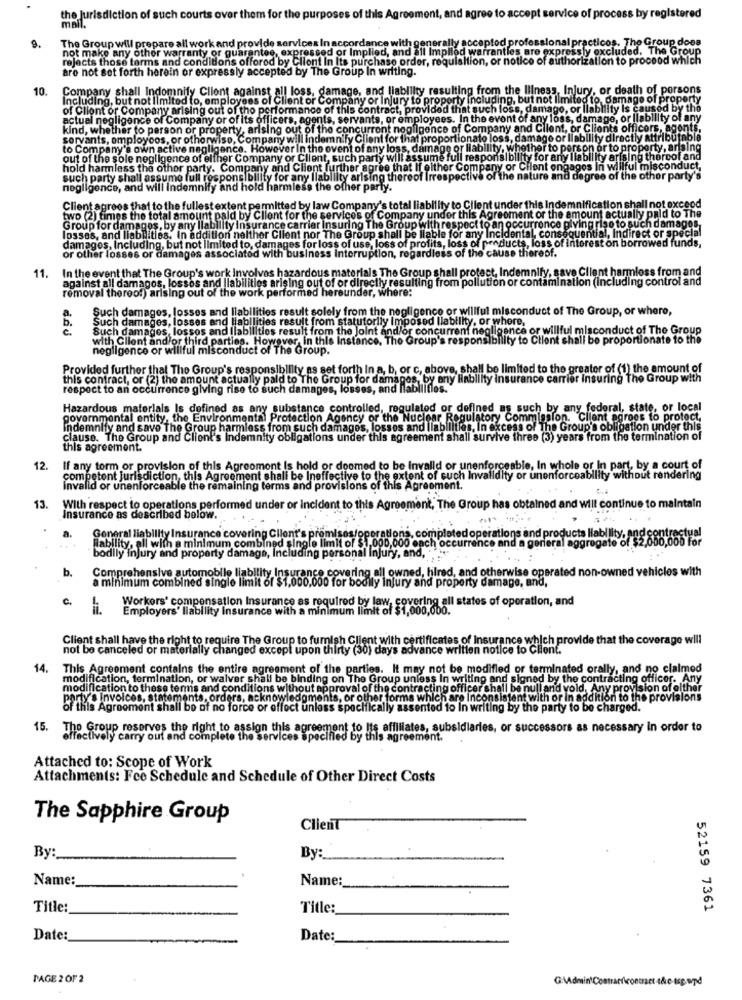
the Jurisdiction of such courts over them for the purposes of this Agreement, and agree to accept service of process by registered
The Group will prepare all work and provide services In accordance with generally accepted professional practicos. The Group does
9.
not make any other warranty or guarantee, expressed or Implied, and all Implied warranties are expressly excluded. The Group
rejects those terms and conditions offorod by Client In Its purchase order, requisition, or notice of authorization to proceed which
are not set forth herein or expressly accepted by The Group In writing.
10.
Company shall Indomnify Client against all loss, damage, and liability resulting from the Illness, Injury, or death of persons
Including, but not limited to, employees of Client or Company or Injury to proporty Including, but not limited to, damage of property
of Client of Company arising out of tho performance of this contract, provided that such lose, damage, or ilability is caused by the
actual negligence of Company or of its officers, agents, servants, or employees. In the event of any loss, damage, or Ilability of any
kind, whether to person or property, arising out of the concurrent negligence of Company and Client, or Clients officers, agonts,
servants, omploycos, or otherwise, Company will indemnify Client for that proportionato loss, damage or Ilability directly attributable
to Company's own active negligence. However in the event of any loss, damage or
out of the sole negligence of either Company or Client, such party will assume full respot
hold harmless the other party. Company and Client further agree that If either Company or Client ongages In willful misconduct,
such party shall assume full responsibility for any liability arising thereof Irres
ve of the nature and degree of the other party's
negligence, and will in
and ho
the ofher party.
Client agrees that to the fullest extent permitted by law Company's total liability to Client under this Indemnification shall not exceod
two (2) times the total amount paid by Client for the services of Company under this Agreement or the amount actually paid to The
Group for damages, by any liability insurance carrier Insuring The Group with respect to an occurrence piving riso to such damages,
losses, and liabilities. In addition nelther Client nor The Group shall be liable for any Incidental, consequential, Indirect or special
damages, Including, but not limited to, damages for loss of use, loss of profits, loss of products, loss of interest on borrowed funds,
ges associated with business interruption, regardless of the cause thereof.
or other losses or damages associated with
In the event that The Group's work involves hazardous materials The Group shall protect, Indemnify, save Client harmless from and
11.
against all damagos, losses and Ilabilities arising out of or directly resulting from pollution or contamination (Including control and
removal thereof) arising out of the work performed hereunder, where:
Such damages, losses and liabilities result solely from the negligence or willful misconduct of The Group, or where,
Such damages, losses and liabilities result from statutorlly Imposed liability, or where,
Such damages, lossos and Ilabilities result from the Joint and/or concurrent negligence or willful misconduct of The Group
with Client and/or third parties. However, in this Instance, The Group's responsibility to Client shall be proportionate to the
negligence or willful misconduct of The Group.
Provided further that The Group's responsibility as set forth In a, b, or c, above, shall be limited to the greater of (1) the amount of
this contract, or (2) the amount actually pald to The Group for damages, by any liability insurance carrier Insuring The Group with
respect to an occurrence giving rise to such damages, losses, and llabliiflos.
Hazardous materials Is defined as any substance controlled, regulated or defined as such by any federal, state, or local
governmental entity, the Environmental Protection Agency or the Nuclear Regulatory Commission. Client agrees to protect,
Indemnify and save The Group harmless from such damages, losses and liabilities, In excess of The Group's obligation under this
clause. The Group and Client's indemnity obligations under this agreement shall survive three (3) years from the termination of
this agreement.
12.
If any torm or provision of this Agreement Is hold or doomed to be invalid or unenforceable, In whole or In part, by a court of
competent jurisdiction, this Agreement shall be Ineffective to the extent of such Invalidity or unenforceability without rendering
Invalid or unenforceable the remaining terms and provisions of this Agreement.
13.
With respect to operations performed under or Incident to this Agreement, The Group has obtained and will continue to maintain
Insurance as described below.
General liability Insurance covering Client's premises/operations, completed operations and products liability. ans centros
Rability, all with a minimum combined single limit of $1.000,000 ench occurre
and Og
orieral aggregate of
bodily injury and property damage, Including personal Injury, and,
b.
Comprehensive automobile liability Insurance covering all owned, hired, and otherwise operated non-owned vehicles with
a minimum combined single limit of $1,000,000 for bodily injury and property damage, and,
C.
Workers' compensation Insurance as required by law, covering all states of operation, and
Employers' liability Insurance with a minimum limit of $1,000,000.
Client shall have the right to require The Group to furnish Client with certificates of insurance which provide that the coverage will
not be canceled or materially changed except upon thirty (30) days advance written notice to Client.
14.
This Agreement contains the entire agreement of the parties. It may not be modified or terminated orally, and no claimed
dification, termination, or waiver shall be binding on The Group unless In writing and signed by the contracting officer.
modification to these terms and conditions without approval of the contracting officer shall be null and vold, Any provision of olther
arty's Invoices, statements, orders, acknowledgments, or other forms which are Inconsistent with or in addition to the provisions
of this Agreement shall be of no force or effect unless specifically assented to In writing by the party to be charged.
15. The Group reserves the right to assign this agreement to Its affiliates, subsidiaries, or successors as necessary in order to
effectively carry out and complete the services specified by this agreement.
Attached to: Scope of Work
Attachments: Fce Schedule and Schedule of Other Direct Costs
The Sapphire Group
Client
By:
By :_
Name:
Name:
Title:
Title:
52159 7361
Date:
Date:
PAGE 2 OF 2